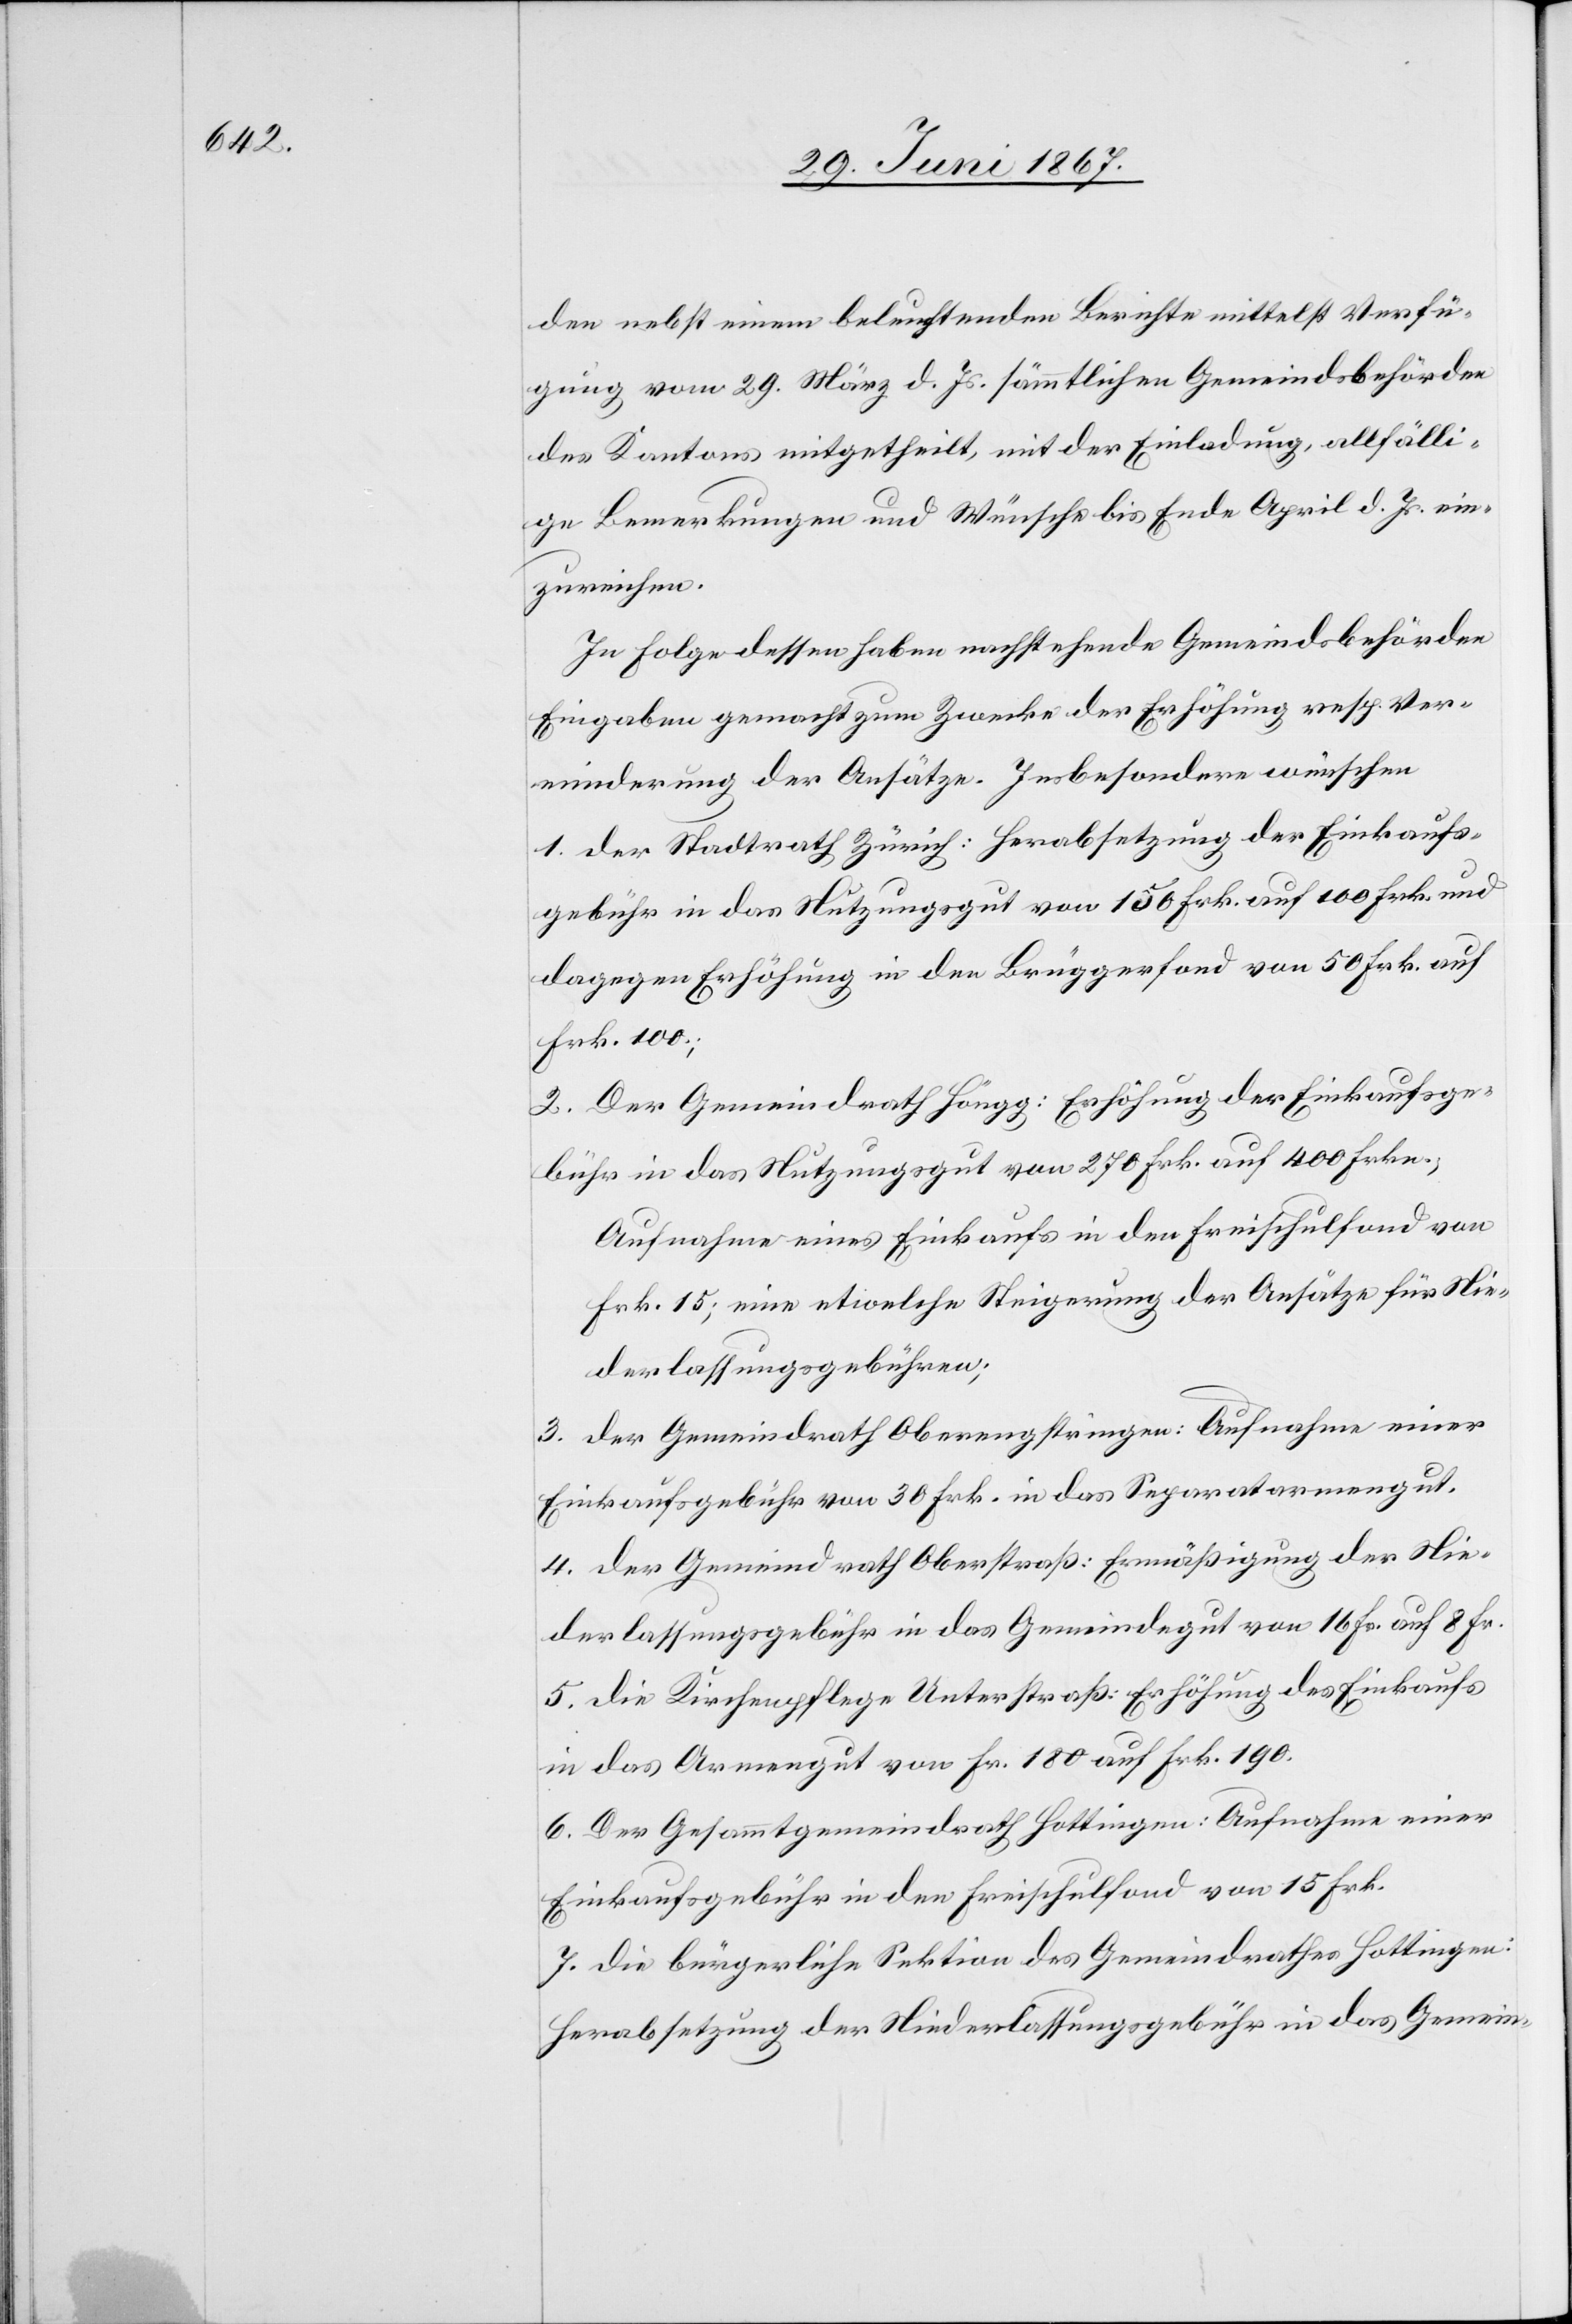
den nebst einem beleuchtenden Berichte mittelst Verfü¬
gung vom 29. März d. Js. sämmtlichen Gemeindsbehörden
des Kantons mitgetheilt, mit der Einladung, allfälli¬
ge Bemerkungen und Wünsche bis Ende April d. Js. ein¬
zureichen.
In Folge dessen haben nachstehende Gemeindsbehörden
Eingaben gemacht zum Zwecke der Erhöhung resp. Ver¬
minderung der Ansätze. Insbesondere wünschen
1. der Stadtrath Zürich: Herabsetzung der Einkaufs¬
gebühr in das Nutzungsgut von 150 Frk. auf 100 Frk. und
dagegen Erhöhung in den Brüggerfond [sic!] von 50 Frk. auf
Frk. 100.;
2. Der Gemeindrath Höngg: Erhöhung der Einkaufsge¬
bühr in das Nutzungsgut von 270 Frk. auf 400 Frkn.;
Aufnahme eines Einkaufs in den Freischulfond von
Frk. 15; eine etwelche Steigerung der Ansätze für Nie¬
derlassungsgebühren;
3. der Gemeindrath Oberengstringen: Aufnahme einer
Einkaufsgebühr von 30 Frk. in das Separatarmengut.
4. der Gemeindrath Oberstraß: Ermäßigung der Nie¬
derlassungsgebühr in das Gemeindegut von 16 Fr. auf 8 Fr.
5. die Kirchenpflege Unterstraß: Erhöhung des Einkaufs
in das Armengut von Fr. 180 auf Frk. 190.
6. Der Gesammtgemeindrath Hottingen: Aufnahme einer
Einkaufsgebühr in den Freischulfond von 15 Frk.
7. die bürgerliche Sektion des Gemeindrathes Hottingen:
Herabsetzung der Niederlassungsgebühr in das Gemein-